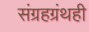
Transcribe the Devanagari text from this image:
संग्रहग्रंथही